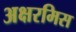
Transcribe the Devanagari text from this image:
अक्षरमिस